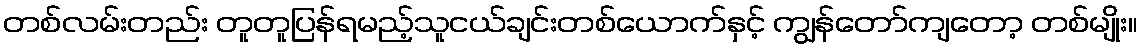
တစ်လမ်းတည်း တူတူပြန်ရမည့်သူငယ်ချင်းတစ်ယောက်နှင့် ကျွန်တော်ကျတော့ တစ်မျိုး။